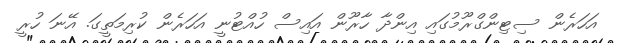
އަހަރެން ސިޓިންގްރޫމުގައި އިންދާ ހާރޫން އައިސް ހުއްޓުނީ އަހަރެން ކުރިމަތީގަ. އޭނަ ހުރީ